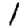
Digit: 1